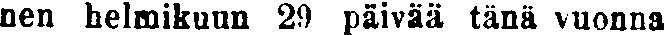
nen helmikuun 29 päivää tänä vuonna